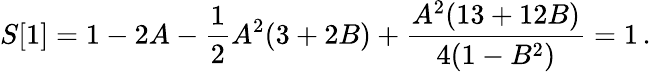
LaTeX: S[1]=1-2A-\frac{1}{2}A^{2}(3+2B)+\frac{A^{2}(13+12B)}{4(1-B^{2})}=1\, .